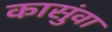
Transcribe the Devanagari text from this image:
कासुंवा